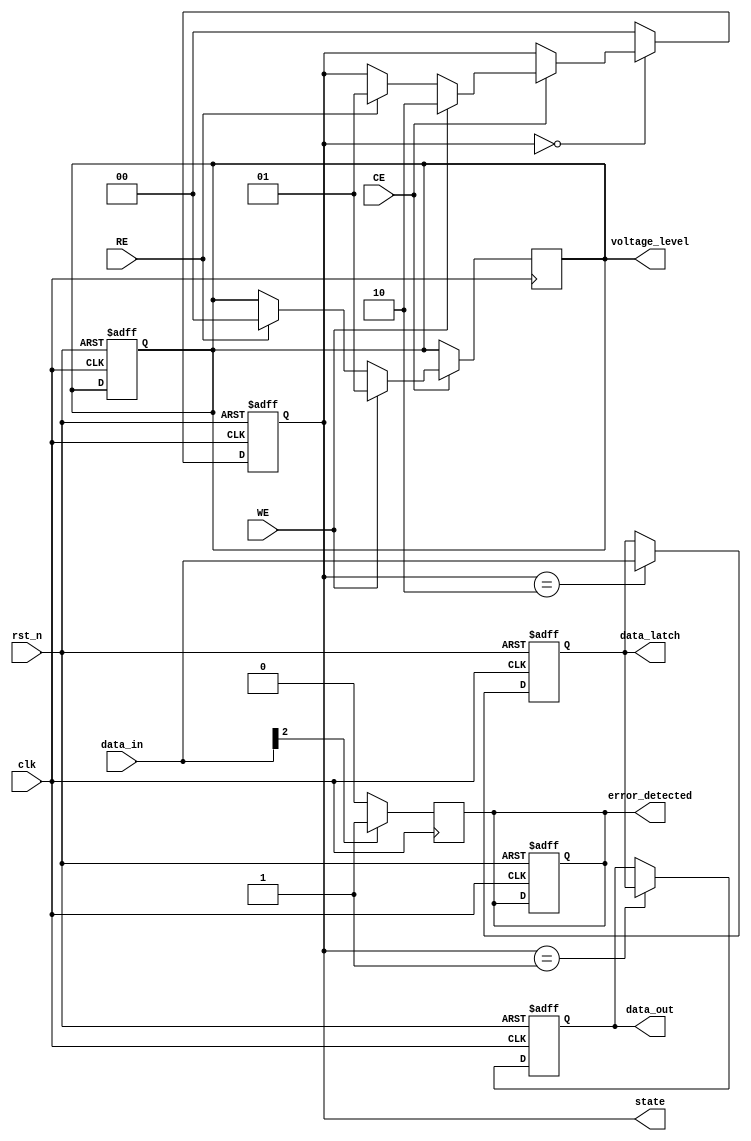
module TLC_NAND_IO (
    input wire clk,                // System clock
    input wire rst_n,              // Active low reset
    input wire [2:0] data_in,      // 3-bit data input
    output reg [2:0] data_out,     // 3-bit data output
    input wire CE,                 // Chip Enable
    input wire WE,                 // Write Enable
    input wire RE,                 // Read Enable
    output reg [1:0] voltage_level, // Voltage level output (1.8V, 3.3V)
    output reg error_detected,      // Error detected signal
    output reg [2:0] data_latch,    // Data latch output
    output reg [1:0] state          // FSM state output
);

    // State encoding
    localparam IDLE = 2'b00;
    localparam READ = 2'b01;
    localparam WRITE = 2'b10;

    // Voltage level definitions
    localparam V_1_8V = 2'b00;
    localparam V_3_3V = 2'b01;

    // FSM for control logic
    always @(posedge clk or negedge rst_n) begin
        if (!rst_n) begin
            state <= IDLE;
            data_out <= 3'b000;
            data_latch <= 3'b000;
            voltage_level <= V_3_3V; // Default voltage level
            error_detected <= 1'b0;
        end else begin
            case (state)
                IDLE: begin
                    if (CE) begin
                        if (WE) begin
                            state <= WRITE;
                        end else if (RE) begin
                            state <= READ;
                        end
                    end
                end

                READ: begin
                    // Simulate reading data from memory
                    data_out <= data_latch; // Output the latched data
                    state <= IDLE; // Return to idle after read
                end

                WRITE: begin
                    // Simulate writing data to memory
                    data_latch <= data_in; // Latch the input data
                    state <= IDLE; // Return to idle after write
                end

                default: state <= IDLE; // Safety default
            endcase
        end
    end

    // Voltage level shifter logic
    always @(posedge clk) begin
        if (CE) begin
            if (WE) begin
                voltage_level <= V_3_3V; // Set to 3.3V during write
            end else if (RE) begin
                voltage_level <= V_1_8V; // Set to 1.8V during read
            end
        end
    end

    // Error detection logic (simplified)
    always @(posedge clk) begin
        if (data_in[2] == 1'b1) begin // Example condition for error detection
            error_detected <= 1'b1;
        end else begin
            error_detected <= 1'b0;
        end
    end

endmodule